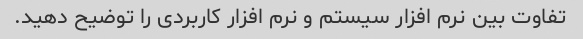
تفاوت بین نرم افزار سیستم و نرم افزار کاربردی را توضیح دهید.